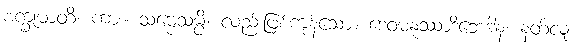
စက္ခုမာတိ၊ ကား။ သဗ္ဗေသမ္ပိ၊ လည်းဖြစ်ကုန်သော။ ဒေဝမနုဿာဒိဘေဒါနံ၊ နတ်လူ